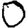
Digit: 0